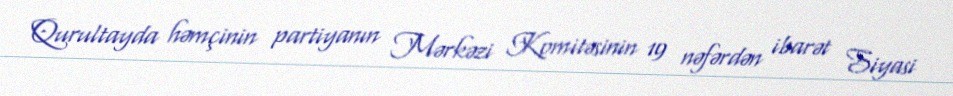
Qurultayda həmçinin partiyanın Mərkəzi Komitəsinin 19 nəfərdən ibarət Siyasi